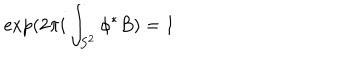
\exp ( 2 \pi i \int _ { S ^ { 2 } } \phi ^ { * } { B } ) = 1